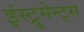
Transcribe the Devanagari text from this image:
इंस्ट्रुमेन्ट्स